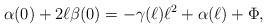
LaTeX: \begin{align*}\alpha(0)+2\ell\beta(0)=-\gamma(\ell)\ell^2+\alpha(\ell) + \Phi,\end{align*}